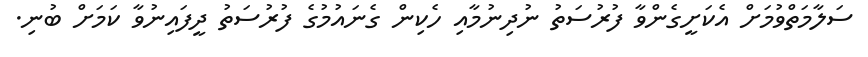
ސަލާމަތްވުމަށް އެކަށީގެންވާ ފުރުސަތު ނުދިނުމާއި ހެކިން ގެނައުމުގެ ފުރުސަތު ދީފައިނުވާ ކަމަށް ބުނި.